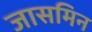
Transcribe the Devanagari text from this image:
जासमिन